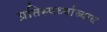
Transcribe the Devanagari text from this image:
प्रतिस्पर्ध्याच्याच